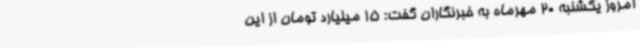
امروز یکشنبه 20 مهرماه به خبرنگاران گفت: 15 میلیارد تومان از این